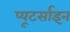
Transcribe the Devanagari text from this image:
प्यूटर्साइन